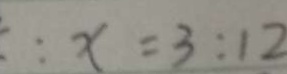
: x = 3 : 1 2